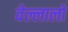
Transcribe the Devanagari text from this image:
वेल्लालों